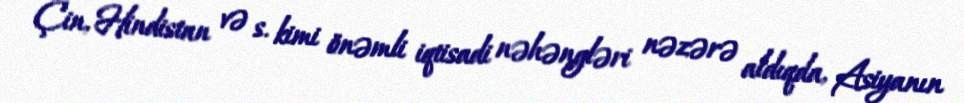
Çin, Hindistan və s. kimi önəmli iqtisadi nəhəngləri nəzərə aldıqda, Asiyanın